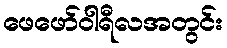
ဖေဖော်ဝါရီလအတွင်း